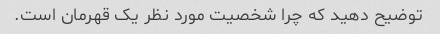
توضیح دهید که چرا شخصیت مورد نظر یک قهرمان است.